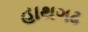
હાથગઢ